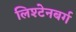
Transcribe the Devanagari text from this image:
लिश्टेनबर्ग